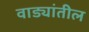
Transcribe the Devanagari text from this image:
वाड्यांतील